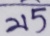
2 1 5